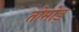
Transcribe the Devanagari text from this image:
तोमोड़